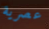
عصرية